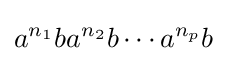
a^{n_{1}}ba^{n_{2}}b\cdots a^{n_{p}}b